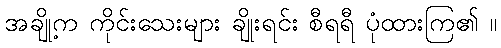
အချို့က ကိုင်းသေးများ ချိုးရင်း စီရရီ ပုံထားကြ၏ ။